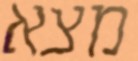
מצא